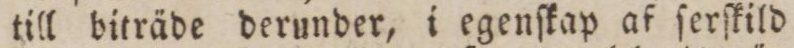
till biträde derunder, i egenſkap af ſerſkild